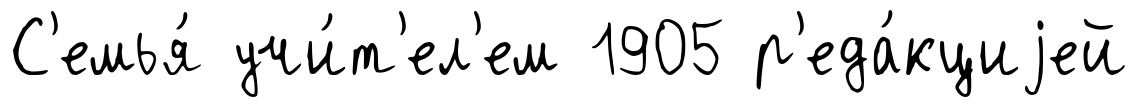
С'емья́ учи́т'ел'ем 1905 р'еда́кциjей